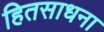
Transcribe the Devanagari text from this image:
हितसाधना